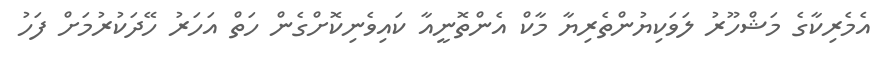
އެމެރިކާގެ މަޝްހޫރު ލަވަކިޔުންތެރިޔާ މާކް އެންތޮނީއާ ކައިވެނިކޮށްގެން ހަތް އަހަރު ހޭދަކުރުމަށް ފަހު